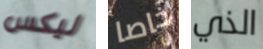
ليكس خاصا الذي